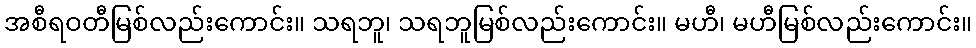
အစီရဝတီမြစ်လည်းကောင်း။ သရဘူ၊ သရဘူမြစ်လည်းကောင်း။ မဟီ၊ မဟီမြစ်လည်းကောင်း။